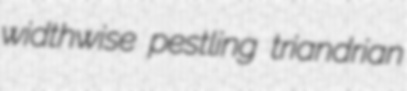
widthwise pestling triandrian